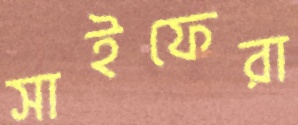
সাইফেরা